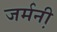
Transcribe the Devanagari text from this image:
जर्मनी़